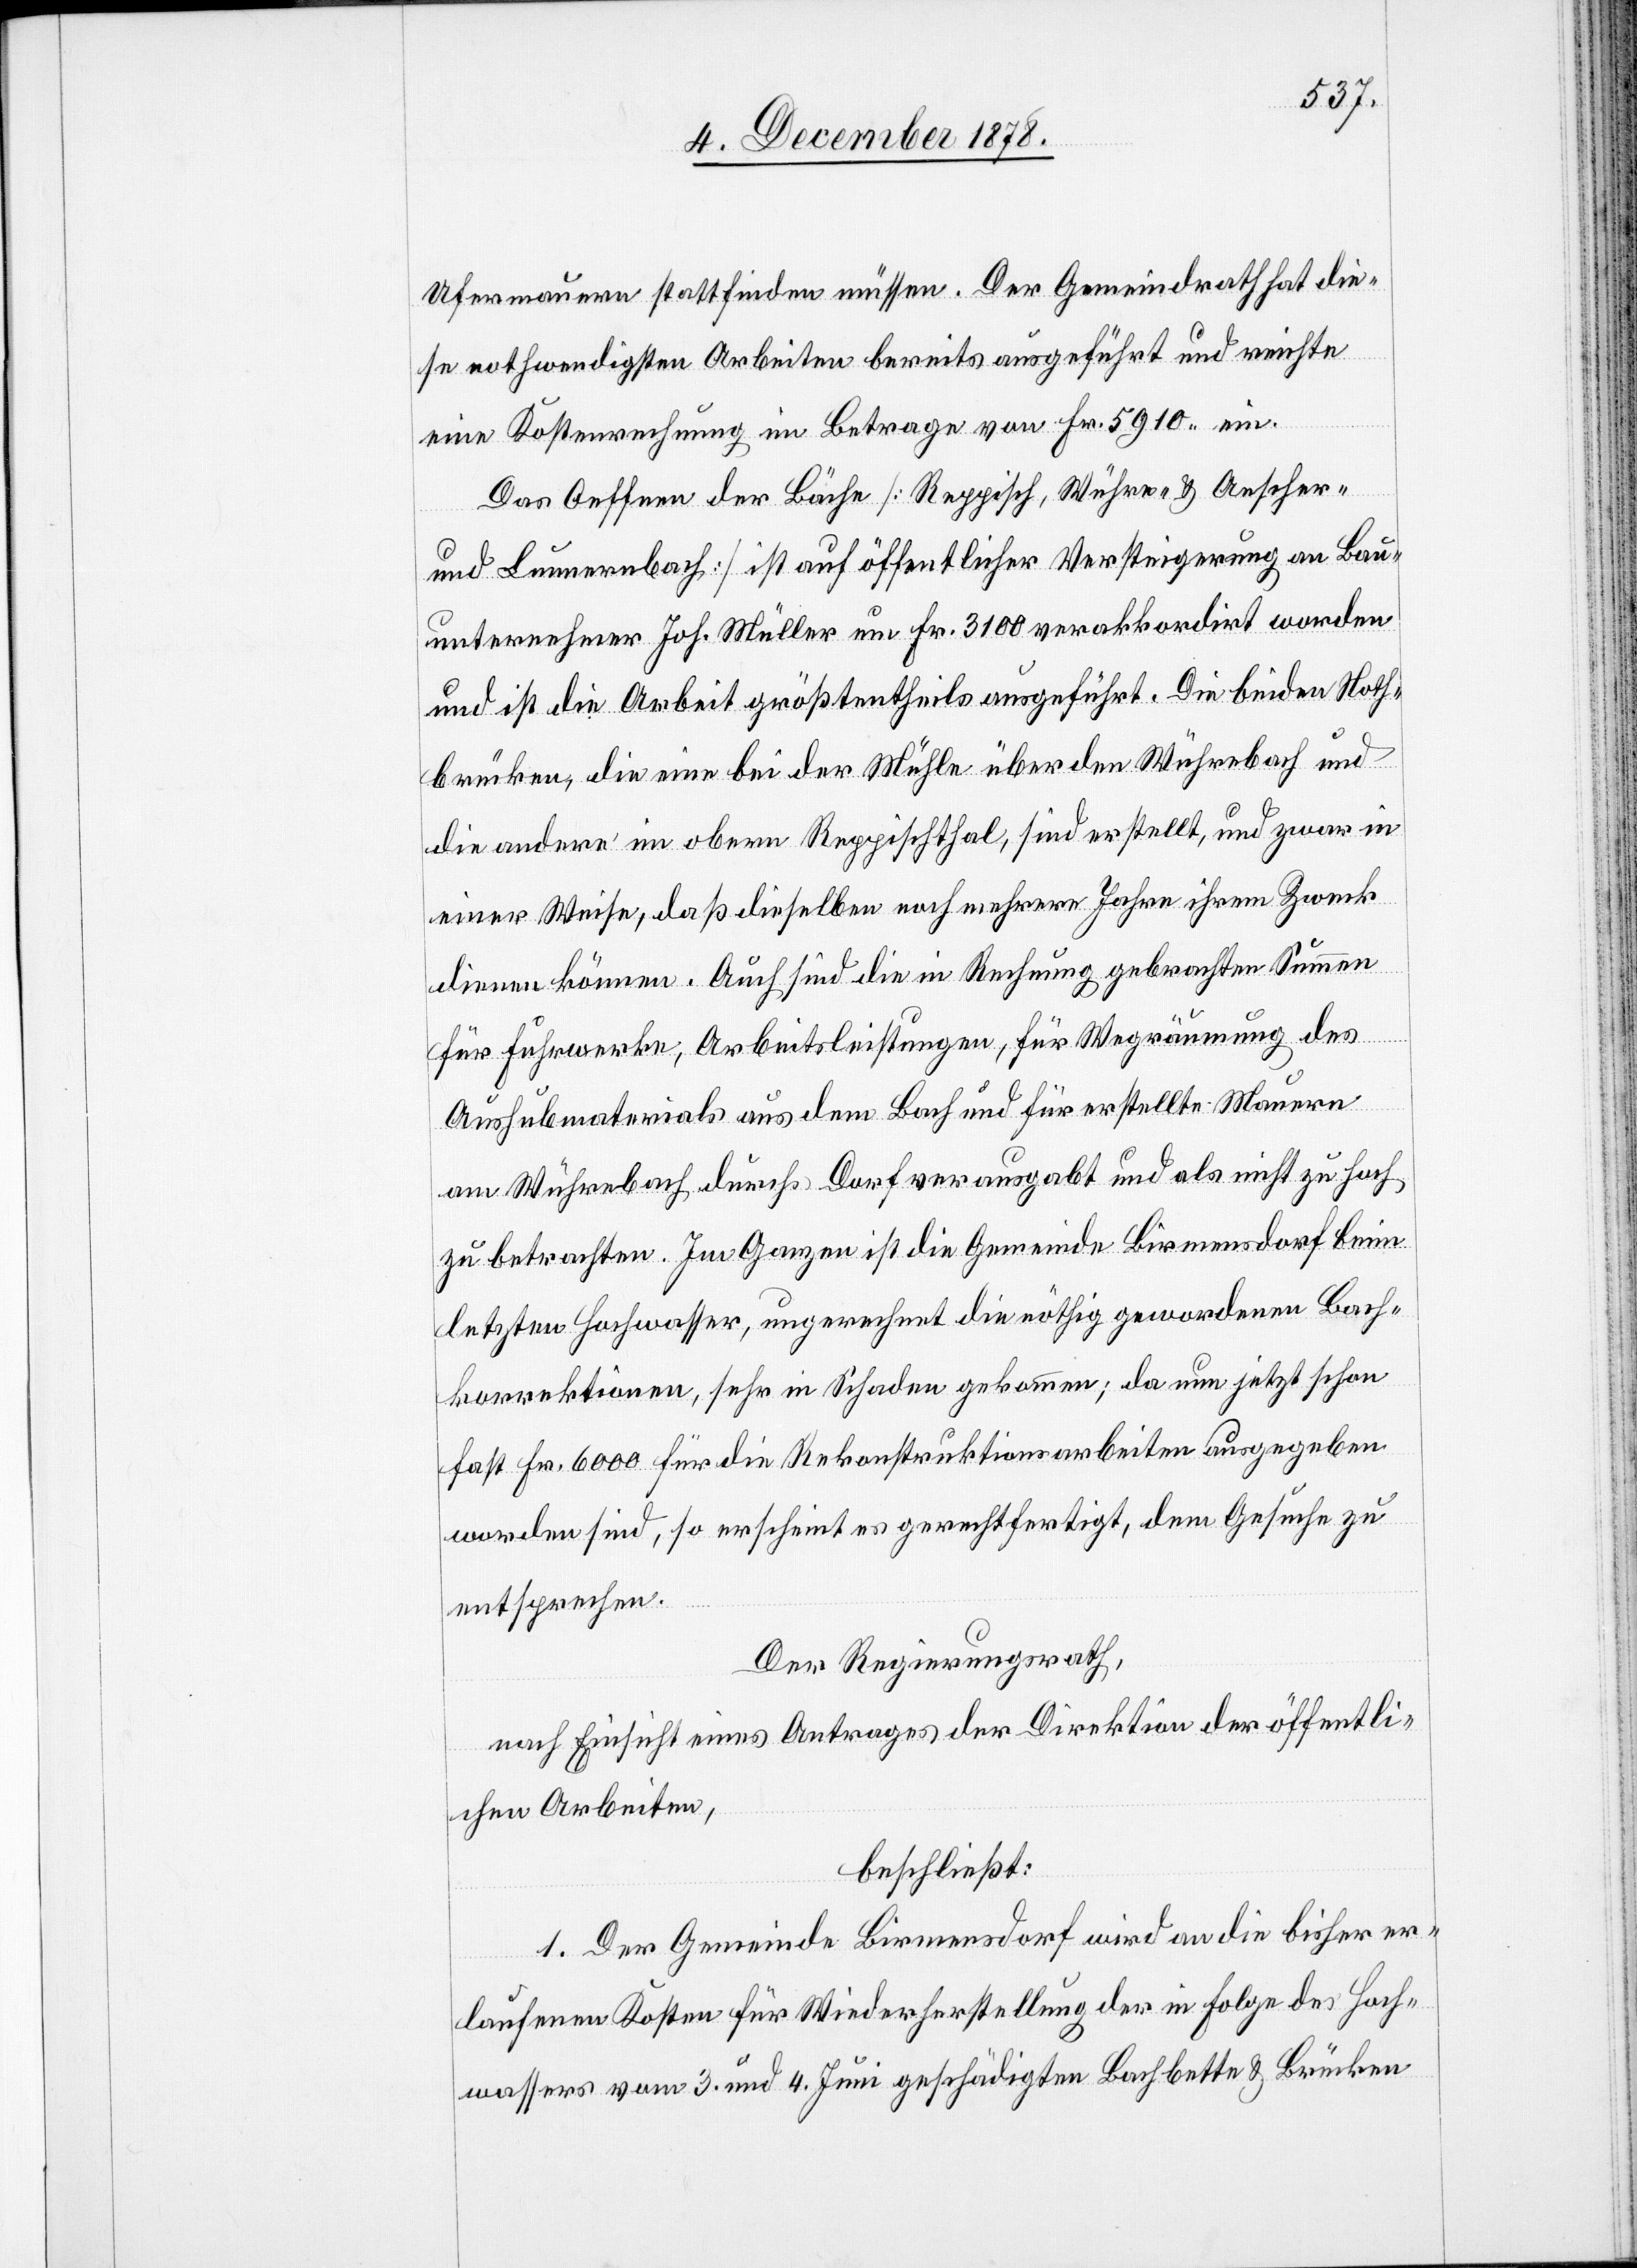
Ufermauern stattfinden müssen. Der Gemeindrath hat die¬
se nothwendigsten Arbeiten bereits ausgeführt und reichte
eine Kostenrechnung im Betrage von Fr. 5910 ein.
Das Oeffnen der Bäche [Reppisch, Wühre- & Aescher-
und Lummernbach] ist auf öffentlicher Versteigerung an Bau¬
unternehmer Joh. Müller um Fr. 3100 verakkordirt worden
und ist die Arbeit größtentheils ausgeführt. Die beiden Noth¬
brücken, die eine bei der Mühle über den Wührebach und
die andere im obern Reppischthal, sind erstellt, und zwar in
einer Weise, daß dieselben noch mehrere Jahre ihrem Zweck
dienen können. Auch sind die in Rechnung gebrachten Summen
für Fuhrwerke, Arbeitsleistungen, für Wegräumung des
Aushubmaterials aus dem Bach und für erstellte Mauern
am Wührebach durchs Dorf verausgabt und als nicht zu hoch
zu betrachten. Im Ganzen ist die Gemeinde Birmensdorf beim
letzten Hochwasser, ungerechnet die nöthig gewordenen Bach¬
korrektionen, sehr in Schaden gekommen; da nun jetzt schon
fast Fr. 6000 für die Rekonstruktionsarbeiten ausgegeben
worden sind, so erscheint es gerechtfertigt, dem Gesuche zu
entsprechen.
Der Regierungsrath,
nach Einsicht eines Antrages der Direktion der öffentli¬
chen Arbeiten,
beschließt:
1. Der Gemeinde Birmensdorf wird an die bisher er¬
laufenen Kosten für Wiederherstellung der in Folge des Hoch¬
wassers vom 3. und 4. Juni geschädigten Bachbette & Brücken